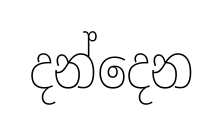
දන්දෙන